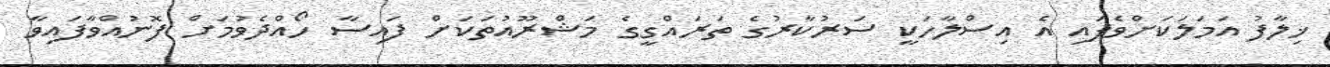
ޚިލާފު އަމަލަކަށްވެފައި އެ އިސްލާހަކީ ސަރުކާރުގެ ތަރައްގީގެ މަޝްރޫއުތަކަށް ފައިސާ ހޯއްދެވުމަށް ފޮނުއްވާފައިވާ